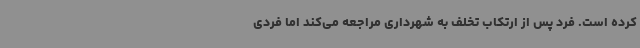
کرده است. فرد پس از ارتکاب تخلف به شهرداری مراجعه می‌کند اما فردی